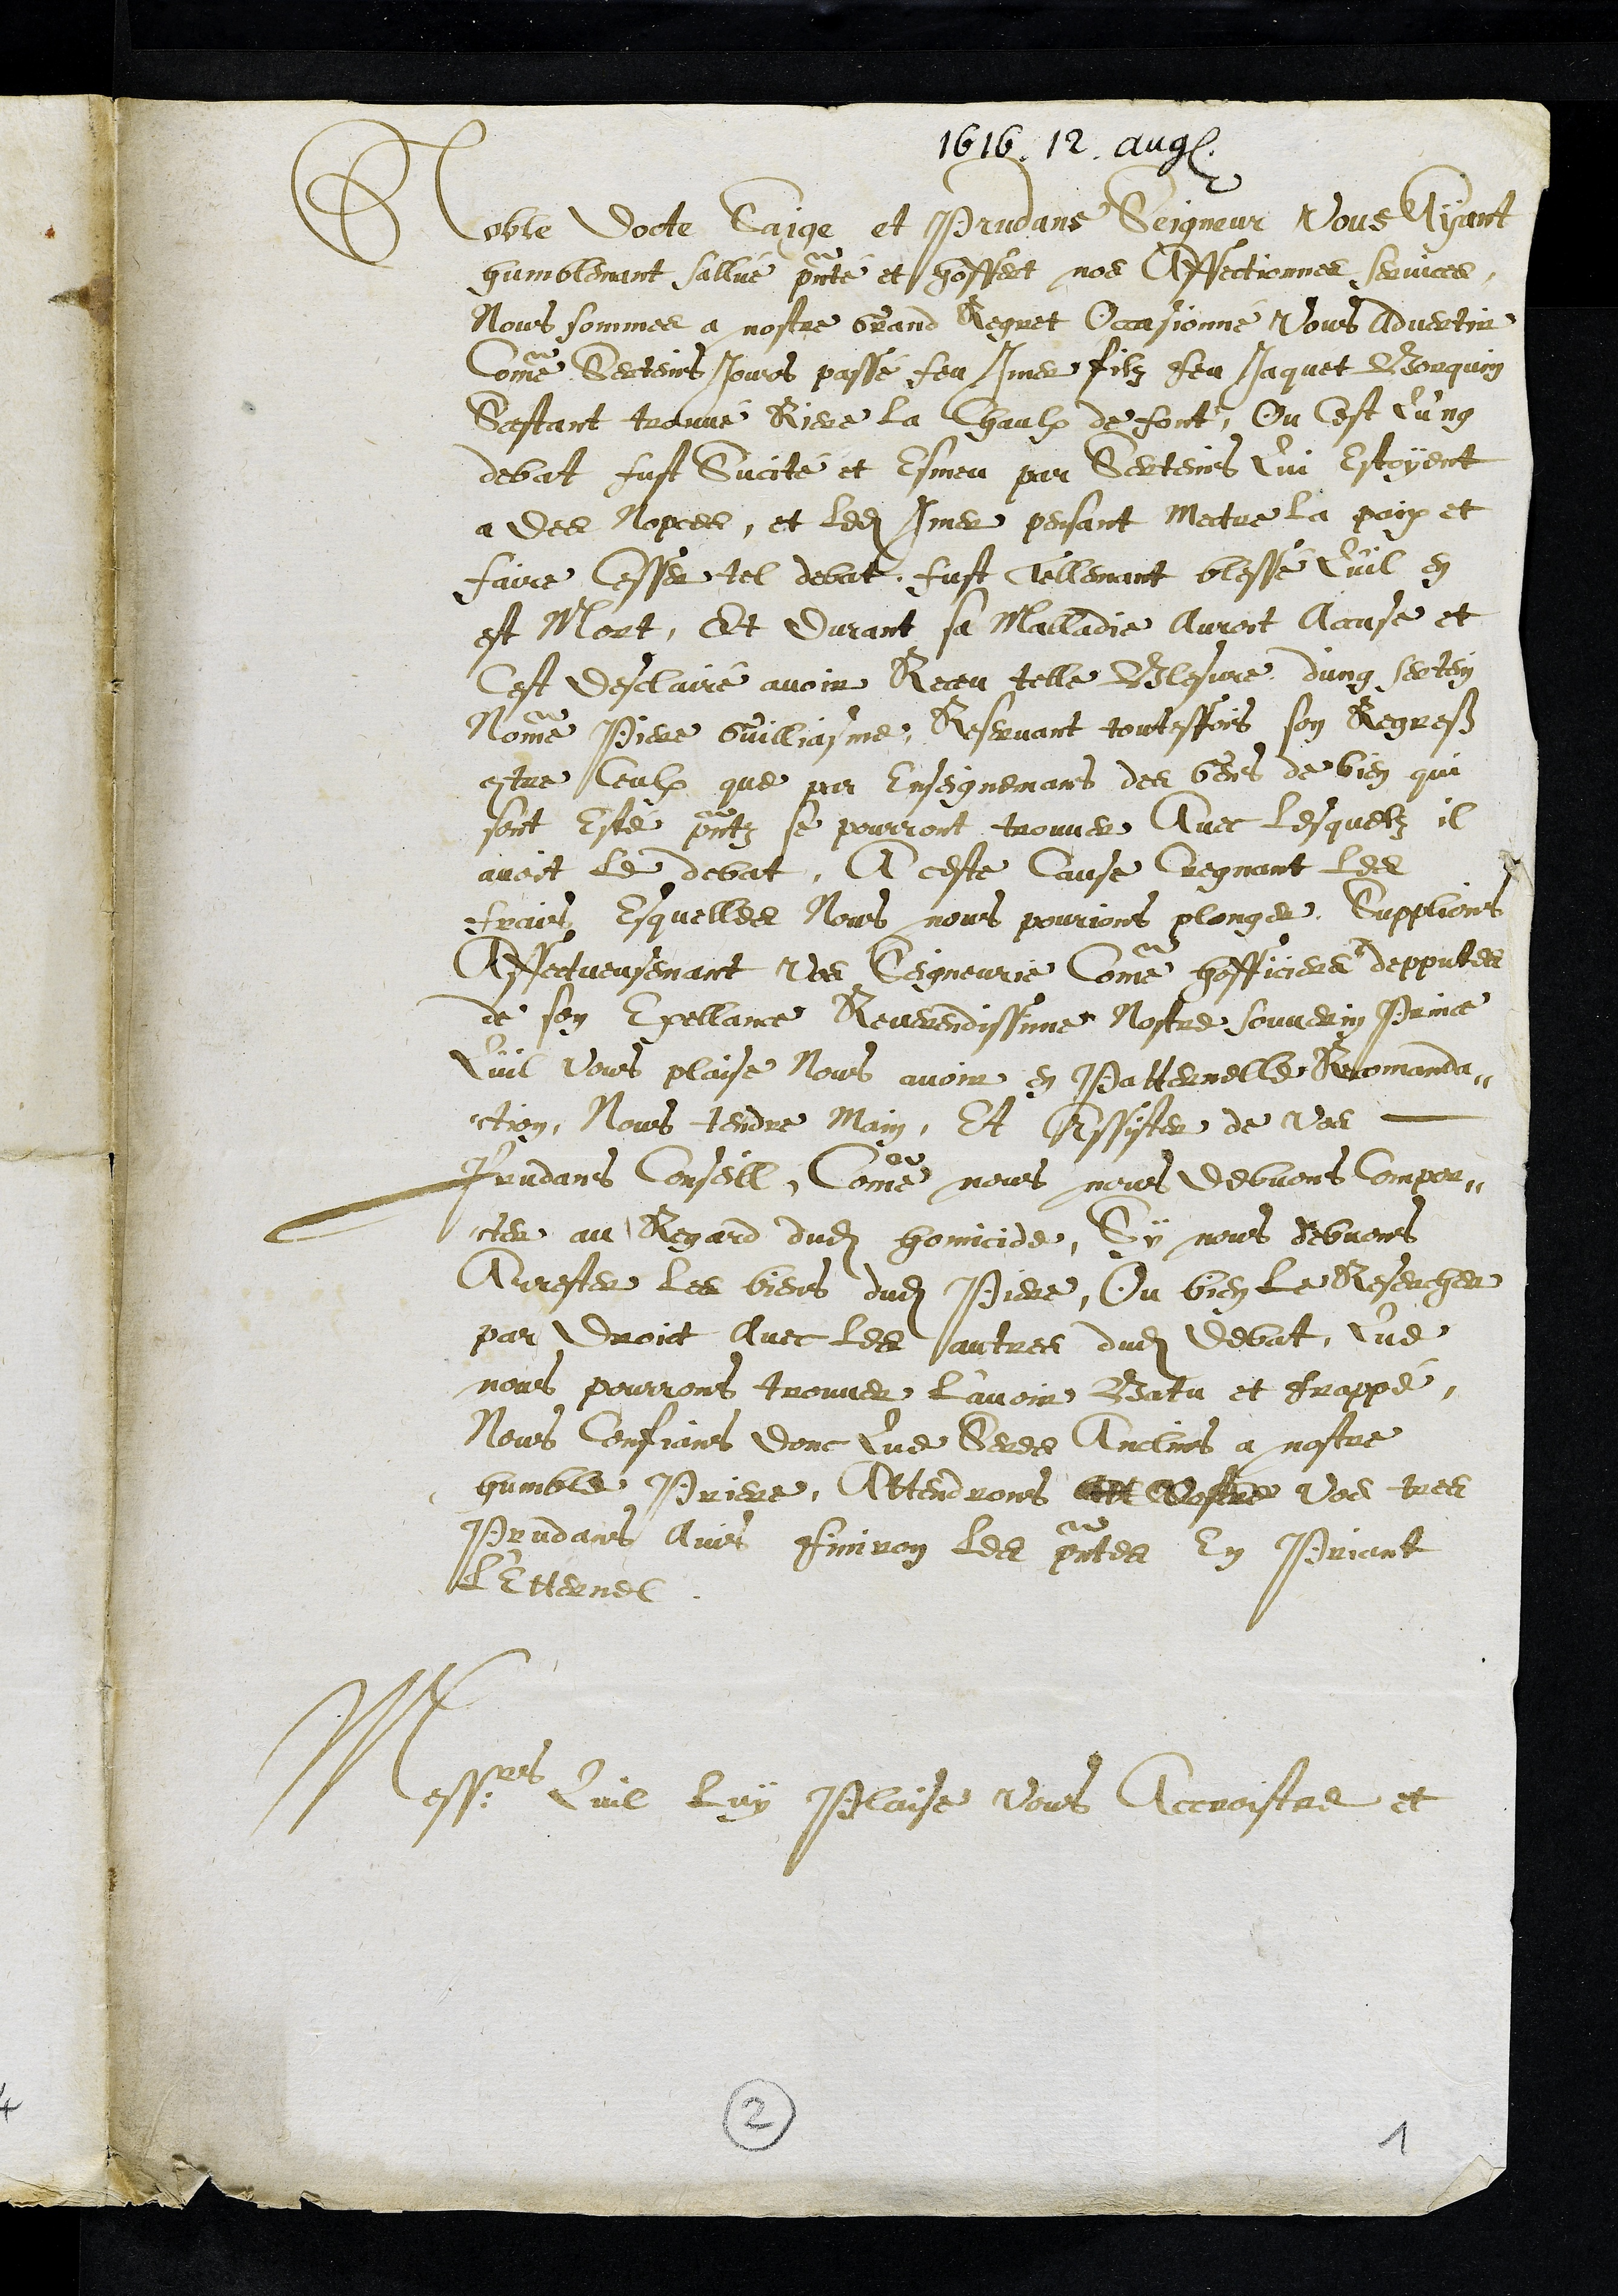
1616. 12. Aug.
Noble docte Saige et Prudans Seigneur Vous ayant
humblemant sallué presenté et hoffert nos Affectionnes services,
Nous sommes à nostre Grand Regret Occasionné Vous advertir
Comme sertains jours passé feu Imer filz feu Jaquet Borquin
Sastant trouvé Riere la Chaulx de font, Ou cest Qung
debat fust Sucité et Esmeu par Serteins Qui Estoyent
a des Nopces, et ledit Imer pensant mettre la paix et
faire cesser tel debat, fust tellement blessé Quil en
est Mort, Et durant sa malladie auroit accuse et
Cest desclairé avoir Receu telle Blessure dung sertain
Nomme Piere Guilliasme, Reservant toutesfois son Regreß
contre ceulx que par Enseignemans des Gens de bien qui
sont Esté presentz se pourront trouver Avec lesquelz il
avoit le debat, A ceste cause cregnant les
frais Esquelles Nous nous pourions plonger, Supplions
Affectueusemant Vos Seigneurie comme hofficiers depputes
de son Exellance Reverendissime Nostre souverin Prince
Quil vous plaise Nous avoir en Patternelle Recomanda¬
tion, Nous tendre main, Et Assister de Vos
Prudans Conseill, Comme nous nous debvons compor-
ter au Regard dudit homicide, Sy nous debvons
Arrester les biens dudit Piere, Ou bien le Resercher
par Droit avec les autres dudit debat, Que
nous pourrons trouver L'avoir Batu et frappé,
Nous confians donc Que Seres Anclins a nostre
humble Priere, Attendrons att vostre vos tres
Prudans avis finiron les presentes en Priant
L'Etternel
Messrs Quil luy Plaise vous Accroistre et
2
1